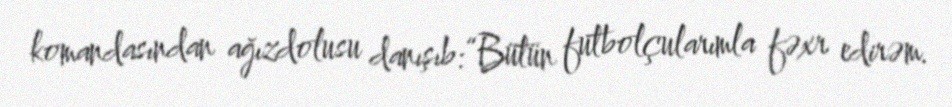
komandasından ağızdolusu danışıb:“Bütün futbolçularımla fəxr edirəm.